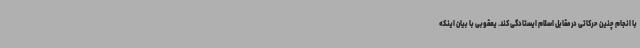
با انجام چنین حرکاتی در مقابل اسلام ایستادگی کند. یعقوبی با بیان اینکه